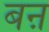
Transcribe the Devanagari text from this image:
बऩ